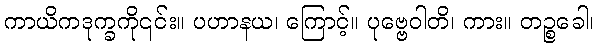
ကာယိကဒုက္ခကို၎င်း။ ပဟာနယ၊ ကြောင့်။ ပုဗ္ဗေဝါတိ၊ ကား။ တဉ္စခေါ၊